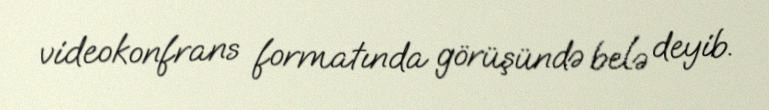
videokonfrans formatında görüşündə belə deyib.